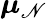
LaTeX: {\boldsymbol{\mu}}_{\mathscr{N}}